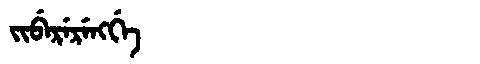
Manchu: ᠵᡳᠪᡝᡵᡝᡵᡝᠩᡤᡝ
Romanization: JIBERERENGGE